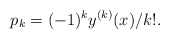
\begin{align*}p_k=(-1)^k y^{(k)}(x)/k!.\end{align*}